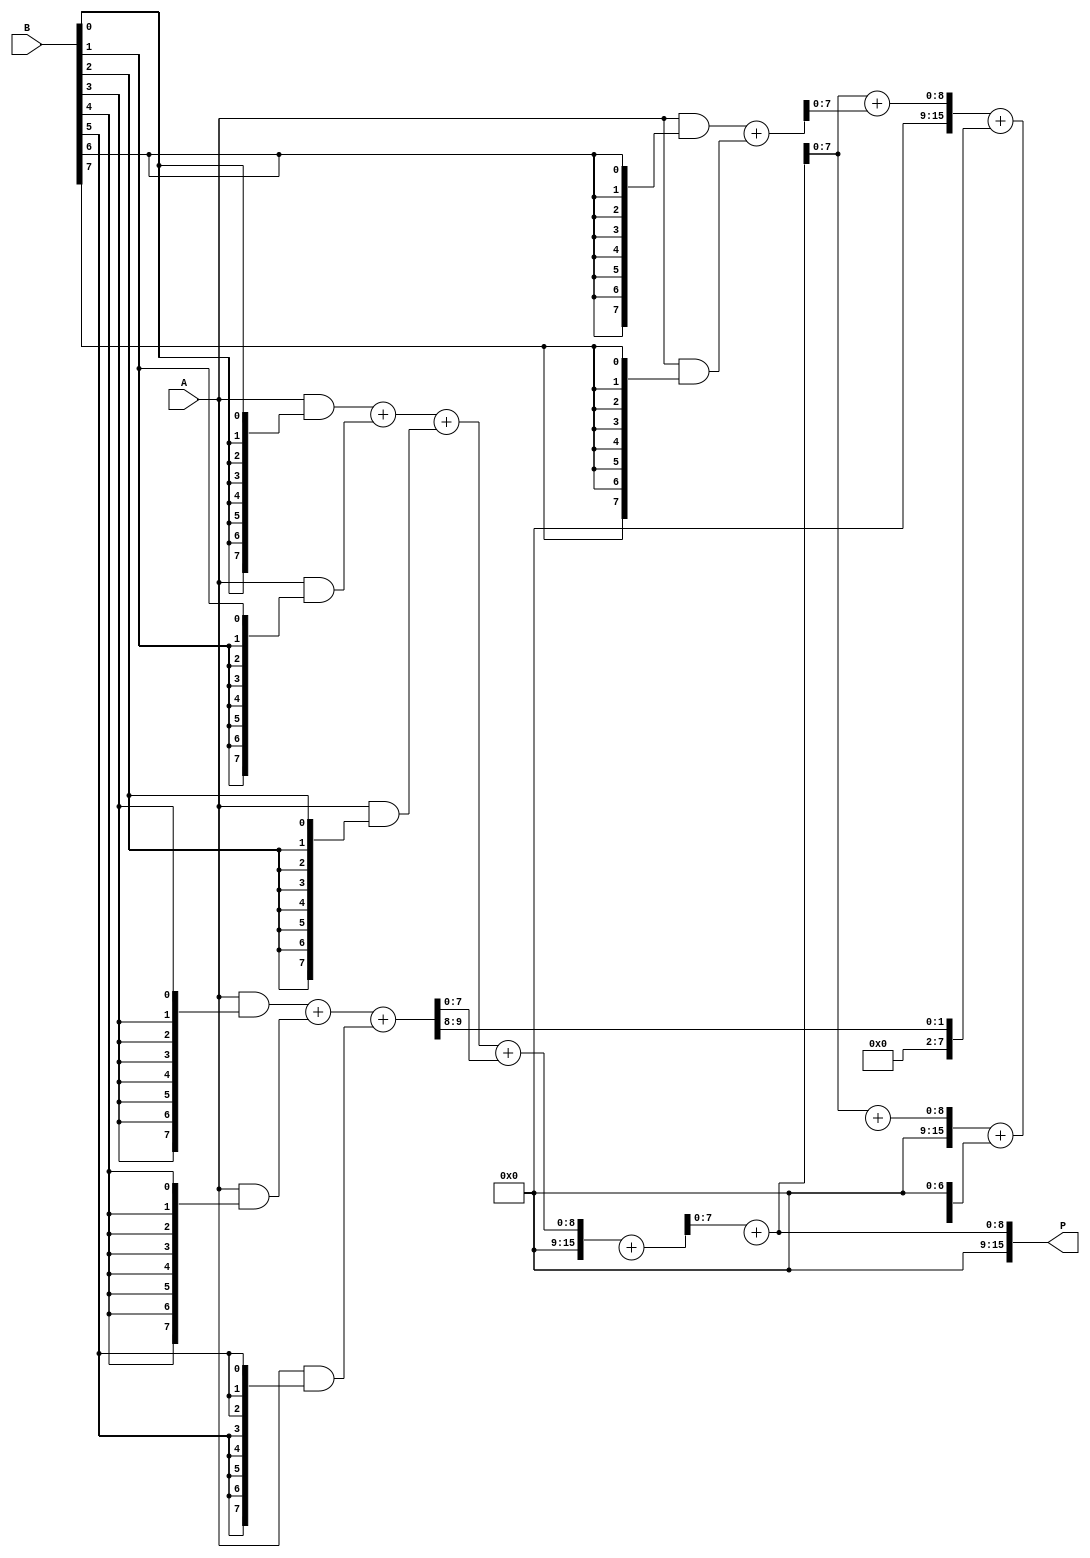
module WallaceTreeMultiplier #(parameter N = 8)(
    input [N-1:0] A,
    input [N-1:0] B,
    output [2*N-1:0] P
);

// Partial Product Generation
wire [N-1:0] pp [0:N-1]; // Partial products

genvar i, j;
generate
    for (i = 0; i < N; i = i + 1) begin : partial_product
        assign pp[i] = A & {N{B[i]}};
    end
endgenerate

// Wallace Tree Reduction
wire [N-1:0] sum1 [0:N-1]; // Sums from CSAs
wire [N-1:0] carry1 [0:N-1]; // Carries from CSAs

// First stage of CSA
generate
    for (i = 0; i < N; i = i + 3) begin : CSA_stage1
        if (i + 2 < N) begin
            assign {carry1[i/3+1], sum1[i/3]} = pp[i] + pp[i+1] + pp[i+2];
        end else if (i + 1 < N) begin
            assign {carry1[i/3], sum1[i/3]} = pp[i] + pp[i+1];
        end else begin
            assign sum1[i/3] = pp[i];
            assign carry1[i/3] = 0;
        end
    end
endgenerate

// Second stage of CSA
wire [N-1:0] sum2 [0:(N+2)/3]; // Sums from second stage
wire [N-1:0] carry2 [0:(N+2)/3]; // Carries from second stage

generate
    for (i = 0; i < (N + 2) / 3; i = i + 2) begin : CSA_stage2
        if (i + 1 < (N + 2) / 3) begin
            assign {carry2[i/2+1], sum2[i/2]} = sum1[i] + sum1[i+1] + carry1[i];
        end else begin
            assign sum2[i/2] = sum1[i];
            assign carry2[i/2] = carry1[i];
        end
    end
endgenerate

// Final Addition
wire [N-1:0] final_sum;
wire [N-1:0] final_carry;

assign {final_carry, final_sum} = sum2[0] + carry2[0];

generate
    for (i = 1; i < (N + 2) / 3; i = i + 1) begin : final_addition
        assign {final_carry, final_sum} = final_sum + sum2[i] + carry2[i];
    end
endgenerate

// Final Product Output
assign P = {final_carry, final_sum};

endmodule